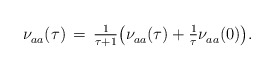
\begin{align*} \nu^{}_{aa} (\tau) \, = \, \tfrac{1}{\tau + 1} \bigl( \nu^{}_{aa} (\tau) + \tfrac{1}{\tau} \nu^{}_{aa} (0) \bigr).\end{align*}